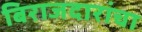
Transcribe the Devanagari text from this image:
बिराजदारांचा